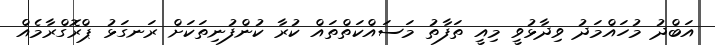
އަބްދު މުހައްމަދު ވިދާޅުވީ މިއީ ތަފާތު މަސައްކަތްތައް ކުރާ ކުންފުނިތަކަށް ރަނގަޅު ޕްރޮގްރާމެއް